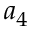
a _ { 4 }